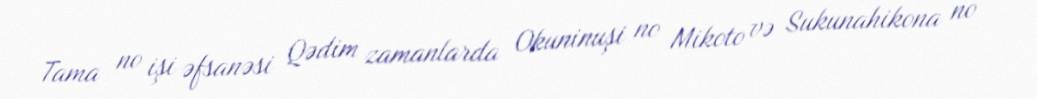
Tama no işi əfsanəsi Qədim zamanlarda Okuninuşi no Mikoto və Sukunahikona no